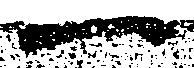
一